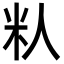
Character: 𬖌